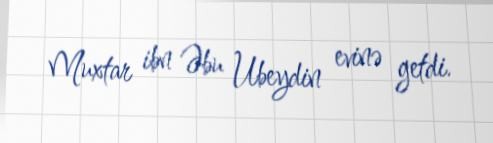
Muxtar ibn Əbu Ubeydin evinə getdi.